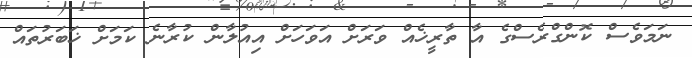
ނަމަވެސް ކޮންގްރެސްގެ އާ ތާރީޚެއް ވަރަށް އަވަހަށް އިއުލާން ކުރާނެ ކަމަށް ޚަބަރުތައް